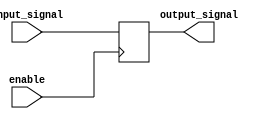
module TTL_Buffer (
    input input_signal, 
    input enable,
    output reg output_signal
);

always @ (posedge enable)
begin
    if (enable)
        output_signal <= input_signal;
end

endmodule